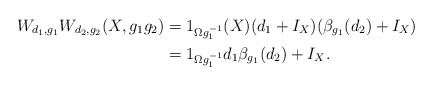
\begin{align*}W_{d_{1},g_{1}}W_{d_{2},g_{2}}(X,g_1 g_2)&=1_{\Omega g_{1}^{-1}}(X)(d_{1}+I_{X})(\beta_{g_{1}}(d_{2})+I_{X})\\&=1_{\Omega g_{1}^{-1}}d_{1}\beta_{g_{1}}(d_{2})+I_{X}.\end{align*}